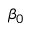
\beta _ { 0 }